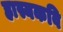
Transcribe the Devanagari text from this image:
हास्यकवि